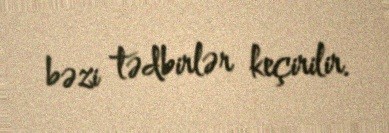
bəzi tədbirlər keçirilir.